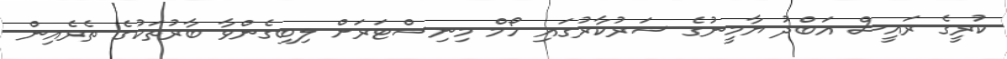
ކުރީގެ ރައީސް އަބްދު ޔާމީނުގެ ސަރުކާރުގައި ހޯމް މިނިސްޓަރަށް ލިބިގެންވާ ބާރުތަކުގެ ތެރެއިން